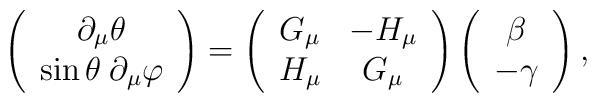
\left(\begin{array}{c}\partial_\mu\theta\\\sin\theta\hspace{1mm}\partial_\mu\varphi\end{array}\right)=\left(\begin{array}{cc}G_\mu & -H_\mu\\H_\mu &G_\mu\end{array}\right)\left(\begin{array}{c}\beta\\-\gamma\end{array}\right),